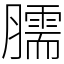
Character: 臑